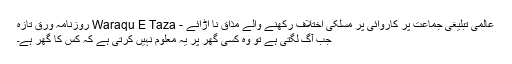
عالمی تبلیغی جماعت پر کاروائی پر مسلکی اختلاف رکھنے والے مذاق نا اڑائے - Waraqu E Taza روزنامہ ورق تازہ
جب آگ لگتی ہے تو وہ کسی گھر پر یہ معلوم نہیں کرتی ہے کہ کس کا گھر ہے۔